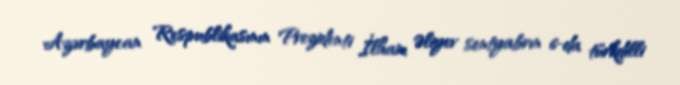
Azərbaycan Respublikasının Prezidenti İlham Əliyev sentyabrın 6-da türkdilli